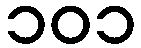
၁၀၁